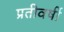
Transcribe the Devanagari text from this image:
प्रतीवर्षी